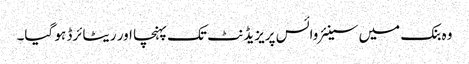
وہ بنک میں سینئر وائس پریزیڈنٹ تک پہنچا اور ریٹائرڈ ہو گیا۔